Annual report on the Civil Veterinary Department, Burma (including the Insein Veterinary School) - 1932-1941
Year: 1932
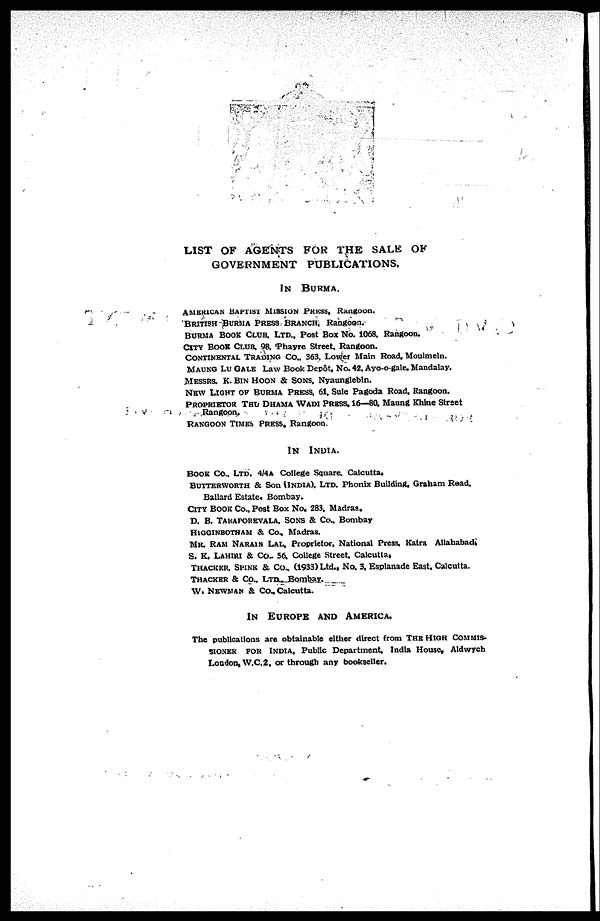
LIST OF AGENTS FOR THE SALE OK
GOVERNMENT PUBLICATIONS.
IN BURMA
AMERICAN BAPTISTA MISSION PRESS, Rangoon.
BRITISH BURMA PRESS BRANCH. Rangoon.
BURMA BOOK CLUB. LTD., Post Box No. 1068. Rangoon.
CITY BOOK CLUB, 98. Phayre Street. Rangoon.
CONTINENTAL TRADING Co., 363, Lower Main Road, Moulmein.
MAUKG LU GALE Law Book Depôt, No. 42, Ayo-o-gale. Mandalay.
MESSRS. K. BIN HOON & SONS, NYAUNGLEBIN.
NEW LIGHT OF BURMA PRESS, 61. Sule Pagoda Road, Rangoon.
PROPRIETOR THU DHAMA WADI PRESS, 16—80, Maung Khine Street
Rangoon,
RANGOON TIMES PRESS, Rangoon.
IN INDIA.
BOOK CO., LTD. 4/4A College Square. Calcutta.
BUTTERWORTH & Son (INDIA). LTD. Phonix Building, Graham Read,
Ballard Estate, Bombay.
CITY BOOK Co., Post Box No. 283, Madras.
D. B. TARAPOREVALA, SONS & Co„ Bombay
HIGGINBOTHAM & Co., Madras,
MR. RAM NARAIN LAL, Proprietor, National Press, Katra Allahabad.
S. K. LAHIRI & Co. 56, College Street, Calcutta,
THACKER, SPINK & Co., (1933) Ltd., No. 3, Esplanade East. Calcutta.
THACKER & Co., LTD., Bombay.
W. NEWMAN & Co., Calcutta.
IN EUROPE AND AMERICA.
The publications are obtainable either direct from THE HIGH COMMIS-
------ FOR INDIA, Public Department, India House, Aldwych
London, W.C.2, or through any bookseller.